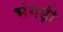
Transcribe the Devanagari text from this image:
भंगड़ी